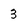
Character: 3